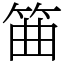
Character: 筁